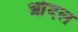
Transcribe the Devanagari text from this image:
आंदल